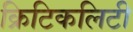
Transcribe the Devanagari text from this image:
क्रिटिकलिटी